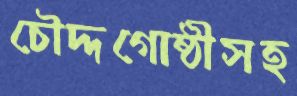
চৌদ্দগোষ্ঠীসহ